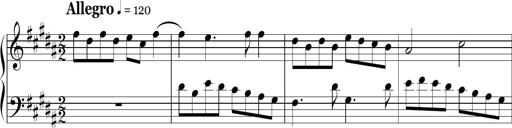
Title: Ten Piano Sonatinas
Composer: Andreas Sain